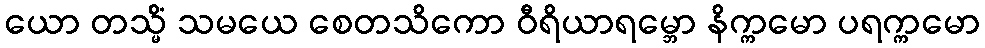
ယော တသ္မိံ သမယေ စေတသိကော ဝီရိယာရမ္ဘော နိက္ကမော ပရက္ကမော